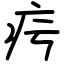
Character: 疞